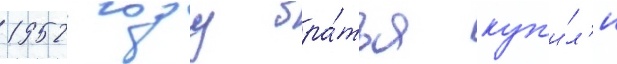
1952 году бра́тья куп'и́л'и